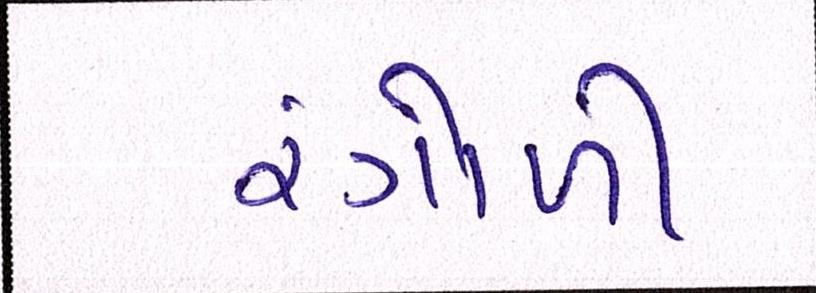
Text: રંગોળી